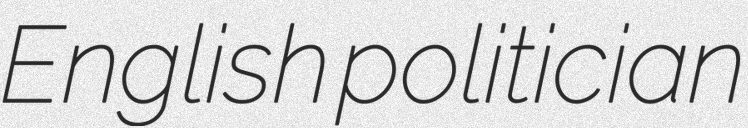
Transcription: English politician